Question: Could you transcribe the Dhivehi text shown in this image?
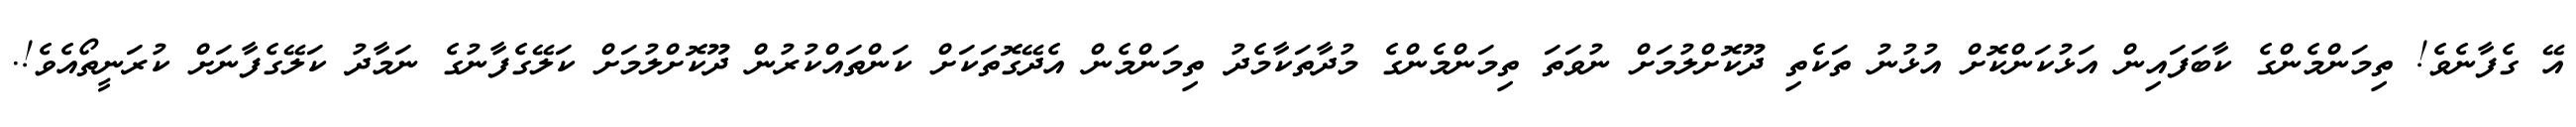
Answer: އޭ ގެފާނެވެ! ތިމަންމެންގެ ކާބަފައިން އަޅުކަންކޮށް އުޅުނު ތަކެތި ދޫކޮށްލުމަށް ނުވަތަ ތިމަންމެންގެ މުދާތަކާމެދު ތިމަންމެން އެދޭގޮތަކަށް ކަންތައްކުރުން ދޫކޮށްލުމަށް ކަލޭގެފާނުގެ ނަމާދު ކަލޭގެފާނަށް ކުރަނީތޯއެވެ!.